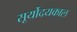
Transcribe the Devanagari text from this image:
सूर्योदयकाल